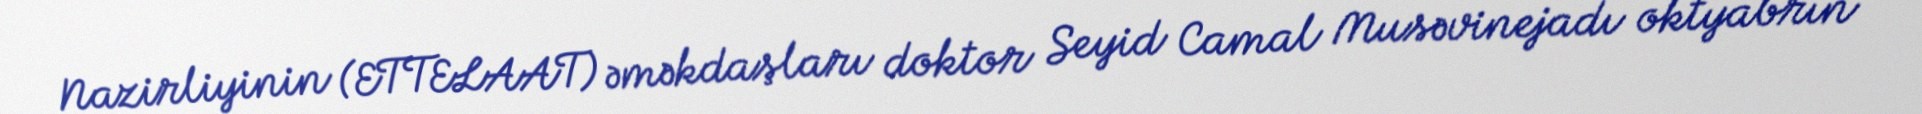
Nazirliyinin (ETTELAAT) əməkdaşları doktor Seyid Camal Musəvinejadı oktyabrın